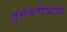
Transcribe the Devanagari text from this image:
गुरूचरीत्राचा